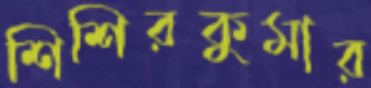
শিশিরকুমার